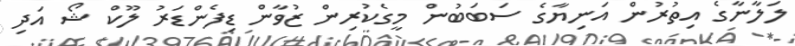
ލަލާނާގެ އިތުރުން އަނިޔާގެ ސަބަބުން މީގެކުރިން ޒުވާން ޑިފެންޑަރު ލޫކް ޝޯ އަދި